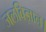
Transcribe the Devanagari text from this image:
जलविज्ञान।